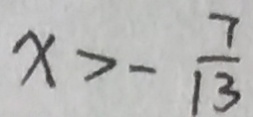
x > - \frac { 7 } { 1 3 }